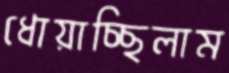
ধোয়াচ্ছিলাম